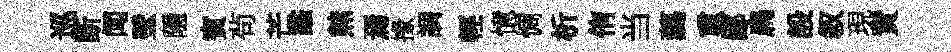
巡断闻壁隱賓茍芒蠡㷱焉掾調輕憶惆析侑当藹重鄙扁設叙現責